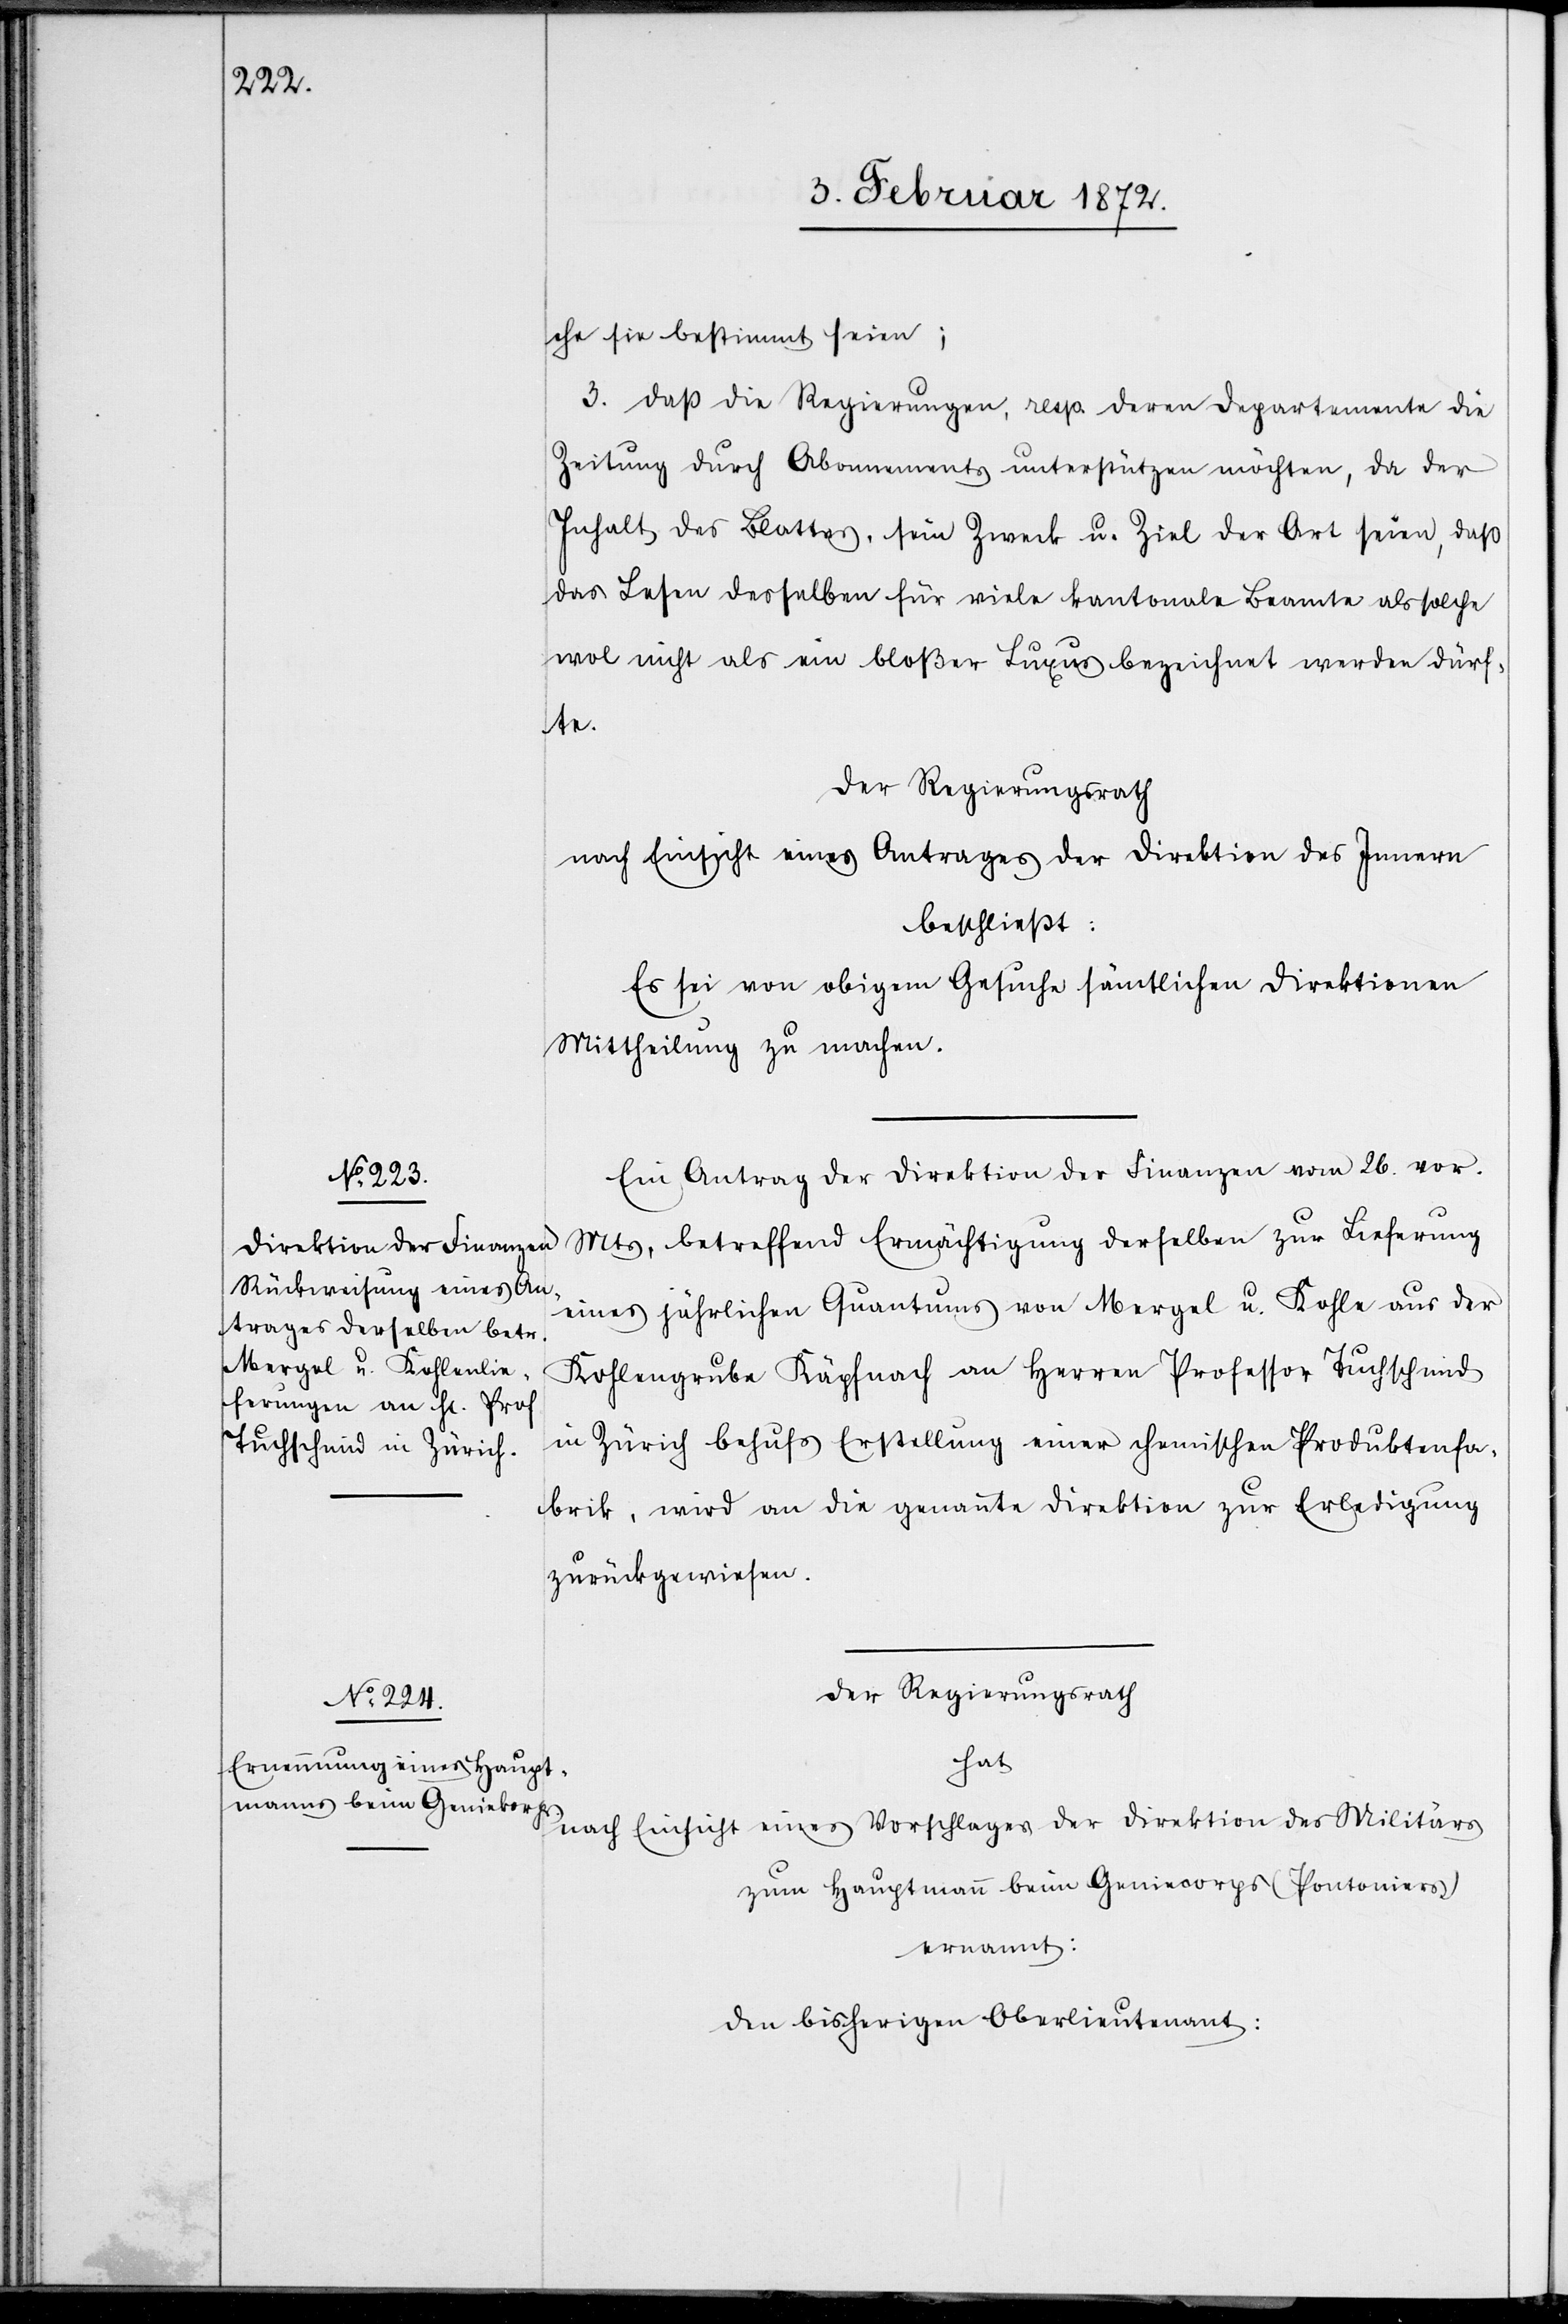
che sie bestimmt seien;
3. Daß die Regierungen, resp. deren Departemente die
Zeitung durch Abonnement unterstützen möchten, da der
Inhalt des Blattes, sein Zweck u. Ziel der Art seien, daß
das Lesen desselben für viele kantonale Beamte als solche
wol nicht als ein bloßer Luxus bezeichnet werden dürf¬
te.
Der Regierungsrath,
nach Einsicht eines Antrages der Direktion des Militärs
beschließt:
Es sei von obigem Gesuche sämtlichen Direktionen
Mittheilung zu machen.
Ein Antrag der Direktion der Finanzen vom 26. vor.
Mts, betreffend Ermächtigung derselben zur Lieferung
eines jährlichen Quantums von Mergel u. Kohle aus der
Kohlengrube Käpfnach an Herren Professor Tuchschmid
in Zürich behufs Erstellung einer chemischen Produktenfa¬
brik, wird an die genannte Direktion zur Erledigung
zurückgewiesen.
Der Regierungsrath
hat
zum Hauptmann beim Geniecorps (Pontoniers)
ernannt:
den bisherigen Oberlieutenant: